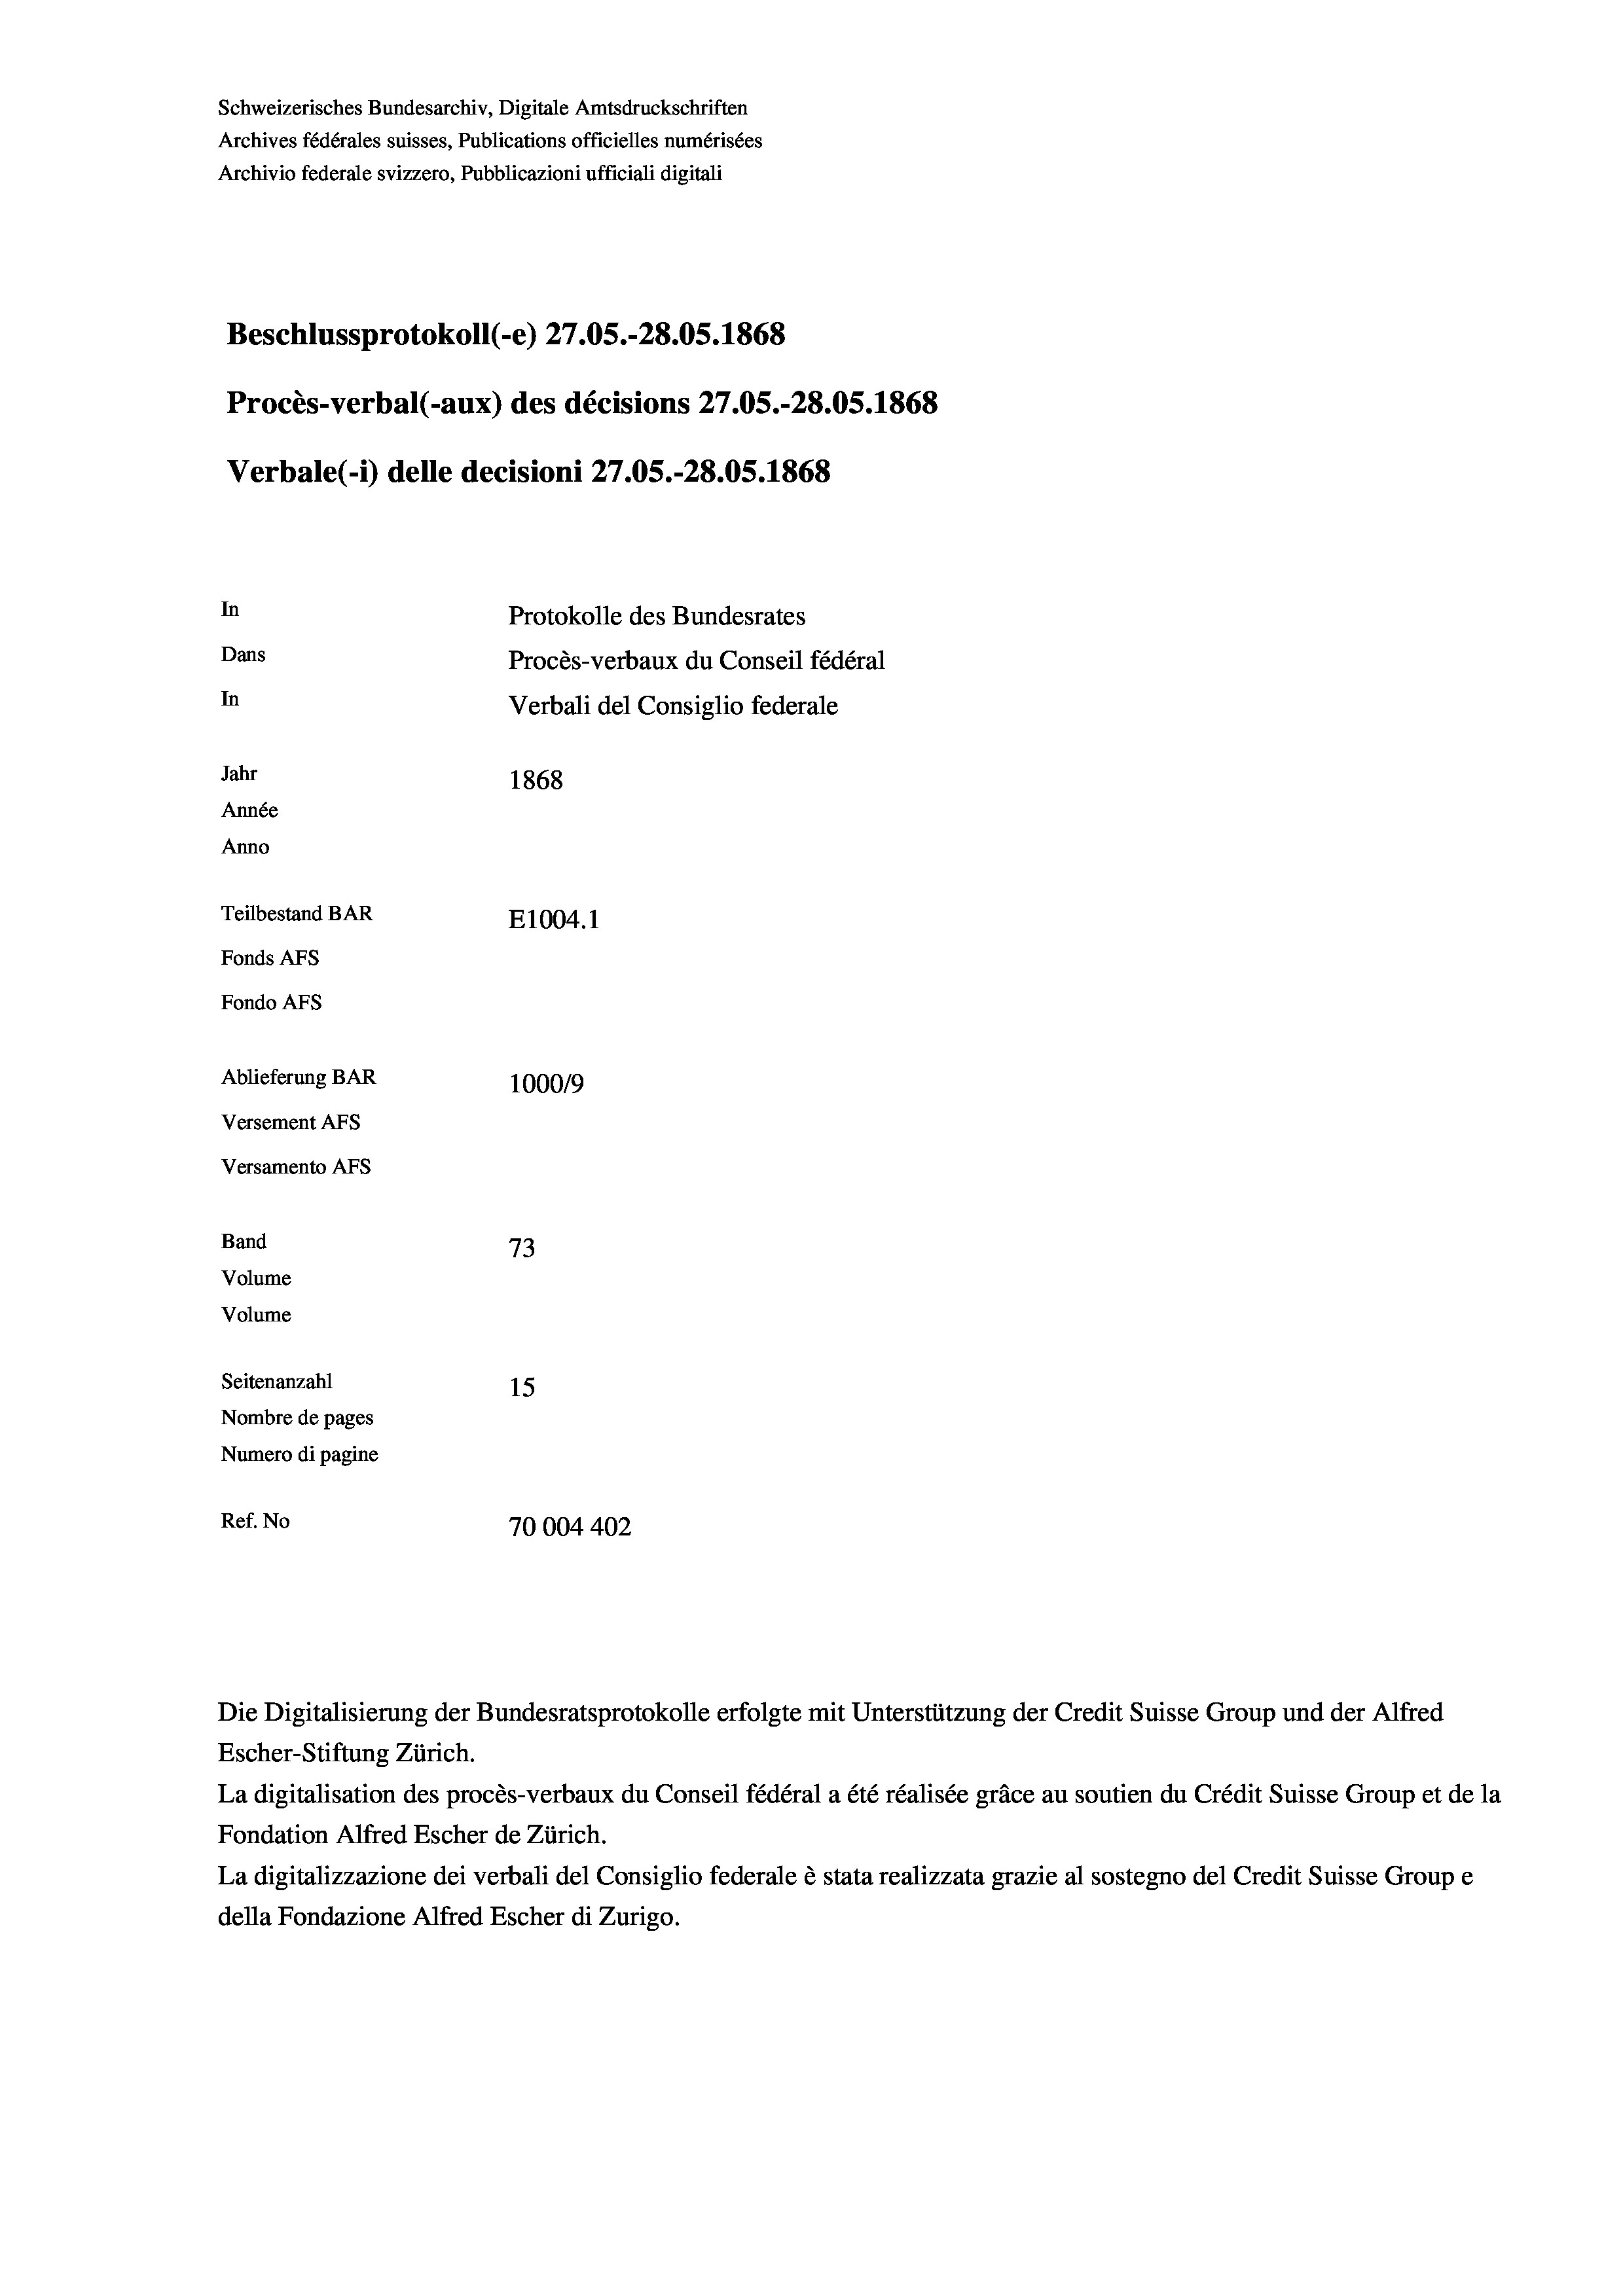
Schweizerisches Bundesarchiv, Digitale Amtsdruckschriften
Archives fédérales suisses, Publications officielles numérisées
Archivio federale svizzero, Pubblicazioni ufficiali digitali
Beschlussprotokoll (-e) 27.05.-28.05. 1868
Procès-verbal (-aux) des décisions 27.05.-28.05. 1868
Verbale (- 1) delle decisioni 27.05.-28.05. 1868
In
Protokolle des Bundesrates
Dans
Procès-verbaux du Conseil fédéral
In
Verbali del Consiglio federale
Jahr
1868
Année
Anno
Teilbestand BAR
E1004. 1
Fonds AFs
Fondo Afs
Ablieferung BAR
100019
Versement AFs
Versamento AFs
Band
73
Volume
Volume
Seitenanzahl
15
Nombre de pages
Numero di pagine
Ref. No
70004 402

Escher-Stiftung Zürich.
La digitalisation des procès-verbaux du Conseil fédéral a été réalisée gräce au soutien du Crédit Suisse Group et de la
Fondation Alfred Escher de Zürich.
La digitalizzazione dei verbali del Consiglio federale è stata realizzata grazie al sostegno del Credit Suisse Groupe
della Fondazione Alfred Escher di Zurigo.

Die Digitalisierung der Bundesratsprotokolle erfolgte mit Unterstützung der Credit Suisse Group und der Alfred